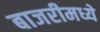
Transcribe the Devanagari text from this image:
बाजरीमध्ये